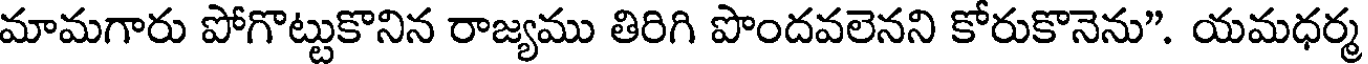
మామగారు పోగొట్టుకొనిన రాజ్యము తిరిగి పొందవలెనని కోరుకొనెను". యమధర్మ